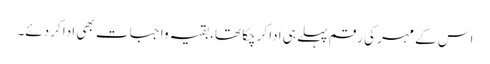
اس کے مہر کی رقم پہلے ہی ادا کرچکا تھا، بقیہ واجبات بھی ادا کردئے۔